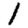
Digit: 1